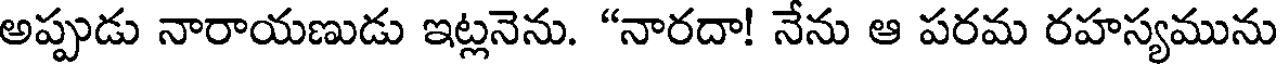
అప్పుడు నారాయణుడు ఇట్లనెను. "నారదా! నేను ఆ పరమ రహస్యమును